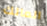
المالك